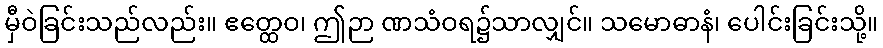
မှီဝဲခြင်းသည်လည်း။ ဧတ္ထေဝ၊ ဤဉာ ဏသံဝရ၌သာလျှင်။ သမောဓာနံ၊ ပေါင်းခြင်းသို့။